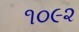
૧૦૯૨